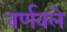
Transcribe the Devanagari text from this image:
वर्णवले